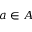
a \in A